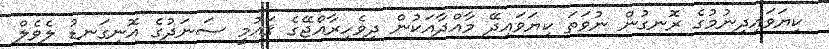
ކިޔަވައިދިނުމުގެ ރޮނގުން ނުވަތަ ކިޔަވައިދޭ މާއްދާއަކުން ދިވެހިރާއްޖޭގެ ޤައުމީ ސަނަދުގެ އޮނިގަނޑު ލެވެލް